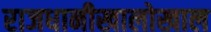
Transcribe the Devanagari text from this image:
राजधानीखालोखाल